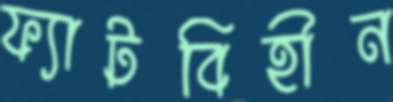
ফ্যাটবিহীন